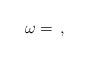
LaTeX: \begin{align*}\omega = \frac{}{},\end{align*}